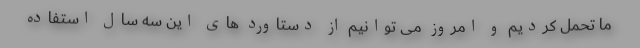
ما تحمل کردیم و امروز می توانیم از دستاورد های این سه سال استفاده